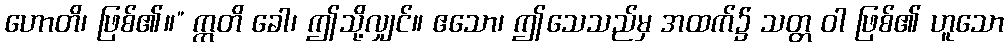
ဟောတိ၊ ဖြစ်၏။” ဣတိ ခေါ၊ ဤသို့လျှင်။ ဧသော၊ ဤသေသည်မှ အထက်၌ သတ္တ ဝါ ဖြစ်၏ ဟူသော